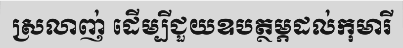
ស្រលាញ់ ដើម្បីជួយឧបត្ថម្ភដល់កុមារី